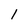
Character: 1